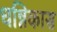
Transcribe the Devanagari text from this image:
धन्निकास